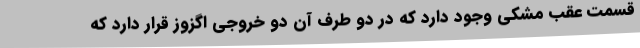
قسمت عقب مشکی وجود دارد که در دو طرف آن دو خروجی اگزوز قرار دارد که